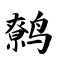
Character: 鹩